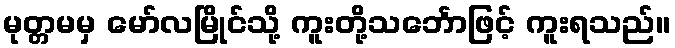
မုတ္တမမှ မော်လမြိုင်သို့ ကူးတို့သင်္ဘောဖြင့် ကူးရသည်။